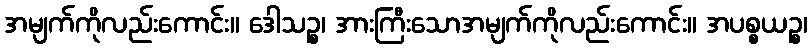
အမျက်ကိုလည်းကောင်း။ ဒေါသဉ္စ၊ အားကြီးသောအမျက်ကိုလည်းကောင်း။ အပစ္စယဉ္စ၊